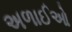
અળાઈઓ